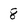
Character: 8